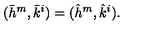
( \bar { h } ^ { m } , \bar { k } ^ { i } ) = ( \hat { h } ^ { m } , \hat { k } ^ { i } ) .